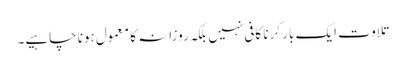
تلاوت ایک بار کرنا کافی نہیں بلکہ روزانہ کا معمول ہونا چاہیے۔